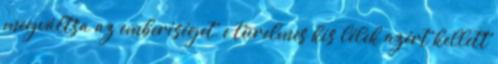
megváltsa az emberiséget, e türelmes kis lélek azért kellett